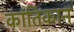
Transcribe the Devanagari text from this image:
कांतिकान